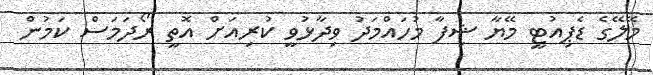
މޭލޭގެ ޑެޕިއުޓީ މޭޔާ ޝިފާ މުހައްމަދު ވިދާޅުވީ ކުރިއަށް އޮތީ ރޯދަމަސް ކަމުން